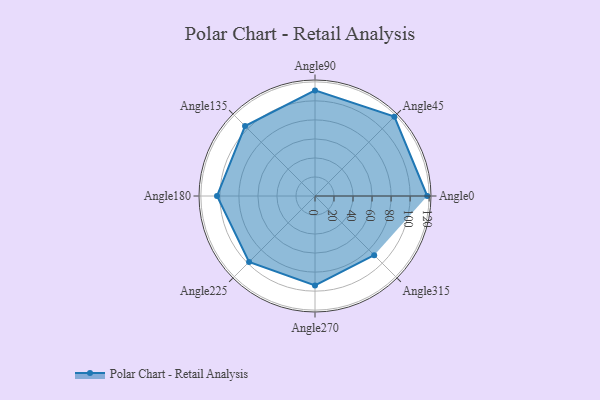
{"axis": {"x": "Angle", "y": "Radius"}, "legend": [""], "data": [{"x": "Angle0", "y": 118.0, "type": ""}, {"x": "Angle45", "y": 118.0, "type": ""}, {"x": "Angle90", "y": 111.0, "type": ""}, {"x": "Angle135", "y": 104.0, "type": ""}, {"x": "Angle180", "y": 103.0, "type": ""}, {"x": "Angle225", "y": 98.0, "type": ""}, {"x": "Angle270", "y": 94.0, "type": ""}, {"x": "Angle315", "y": 88.0, "type": ""}]}